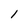
Character: l